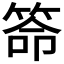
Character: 𥮡